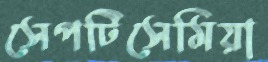
সেপটিসেমিয়া